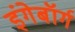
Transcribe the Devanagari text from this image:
इंगेबॉर्ग